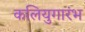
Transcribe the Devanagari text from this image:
कलियुगारंभ